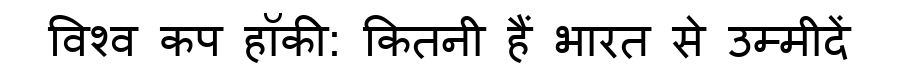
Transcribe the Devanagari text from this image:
विश्व कप हॉकी: कितनी हैं भारत से उम्मीदें